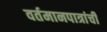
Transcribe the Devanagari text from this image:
वर्तमानपात्रांची